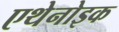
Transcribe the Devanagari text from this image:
एथेनोइक